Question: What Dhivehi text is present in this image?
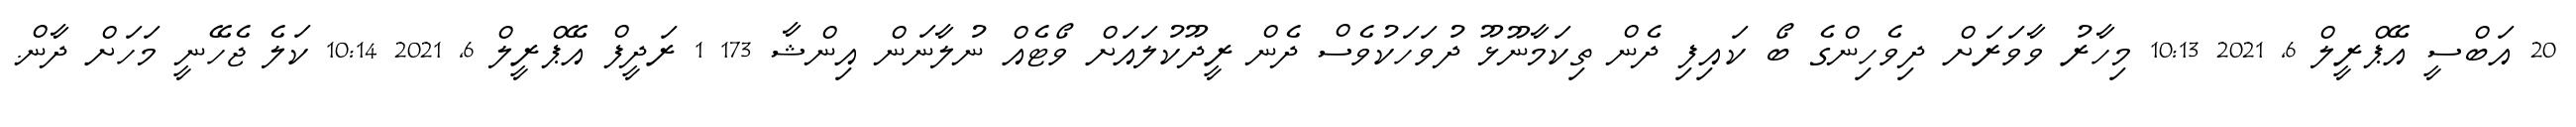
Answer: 20 އަބްސީ އޭޕްރީލް 6, 2021 10:13 މިހާރު ވާވަރަށް ދިވެހިންގެ ބޯ ކައިފި ދެން ތިކަމާނޫޅޫ ދުވަހަކުވެސް ދެން ރީދޫކުލައަށް ވޯޓެއް ނުލާނަން އިންޝާ 173 1 ރަދީފް އޭޕްރީލް 6, 2021 10:14 ކަލެ ޖެހޭނީ މަހަށް ދާން.